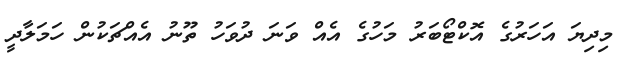
މިދިޔަ އަހަރުގެ އޮކްޓޯބަރު މަހުގެ އެއް ވަނަ ދުވަހު ތޫނު އެއްޗަކުން ހަމަލާދީ